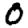
Digit: 0